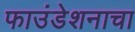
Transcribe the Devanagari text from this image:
फाउंडेशनाचा